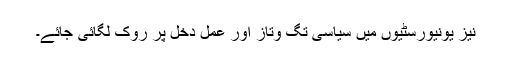
نیز یونیورسٹیوں میں سیاسی تگ وتاز اور عمل دخل پر روک لگائی جائے۔